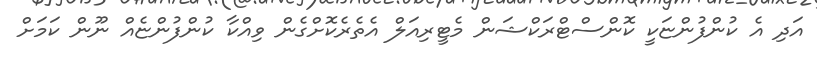
އަދި އެ ކުންފުންޏަކީ ކޮންސްޓްރަކްޝަން މެޓީރިއަލް އެތެރެކޮށްގެން ވިއްކާ ކުންފުންޏެއް ނޫން ކަމަށް